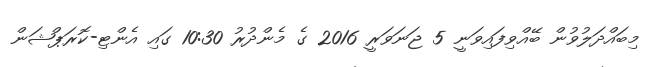
މިބައްދަލުވުން ބޭއްވިފައިވަނީ 5 ޖަނަވަރީ 2016 ގެ މެންދުރު 10:30 ގައި އެންޓި-ކޮރަޕްޝަން